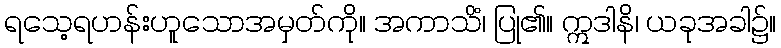
ရသေ့ရဟန်းဟူသောအမှတ်ကို။ အကာသိံ၊ ပြု၏။ ဣဒါနိ၊ ယခုအခါ၌။